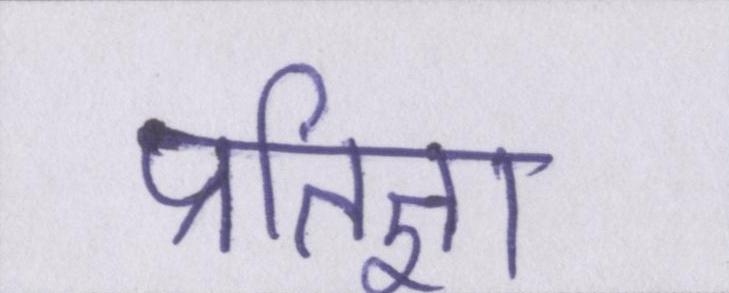
प्रतिज्ञा